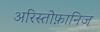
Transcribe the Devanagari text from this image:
अरिस्तोफ़ानिज